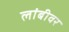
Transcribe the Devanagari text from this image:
लांबीवर